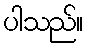
ပါသည်။